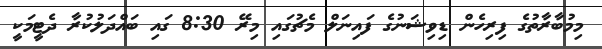
މިމުބާރާތުގެ ފިރިހެން ޑިވިޝަނުގެ ފައިނަލް މެޗުގައި މިރޭ 8:30 ގައި ބައްދަލުކުރާ ދެޓީމަކީ